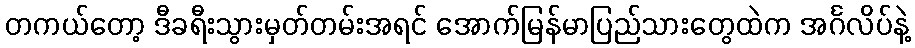
တကယ်တော့ ဒီခရီးသွားမှတ်တမ်းအရင် အောက်မြန်မာပြည်သားတွေထဲက အင်္ဂလိပ်နဲ့